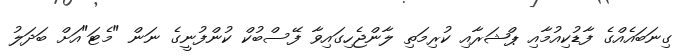
ގިނަބައެއްގެ ފާޑުކިއުމާއި ޕްޝަރާއި ކުރިމަތި ލާންޖެހިގައިވާ ފޭސްބުކް ކުންފުނީގެ ނަން "މެޓަ"އަށް ބަދަލު